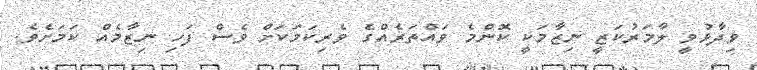
ވިދާޅުވީ ލާމަރުކަޒީ ނިޒާމަކީ ކޮންމެ ވައްތަރެއްގެ ވެރިކަމަކަށް ވެސް ފަހި ނިޒާމެއް ކަމަށެވެ.